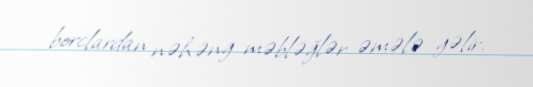
borclardan nəhəng məbləğlər əmələ gəlir.